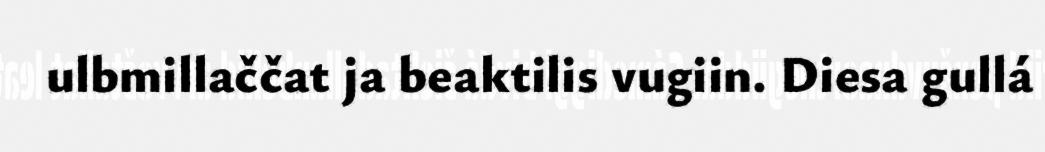
ulbmillaččat ja beaktilis vugiin. Diesa gullá